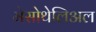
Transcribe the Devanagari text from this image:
मेसोथेलिअल